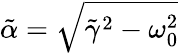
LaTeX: \tilde{\alpha}=\sqrt{\tilde{\gamma}^{2}-\omega_{0}^{2}}